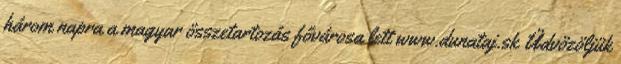
három napra a magyar összetartozás fővárosa lett www.dunataj.sk Üdvözöljük